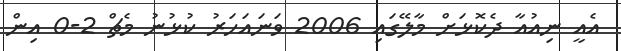
އެއީ ނިއުއާ ދެކޮޅަށް މާލޭގައި 2006 ވަނައަހަރު ކުޅުނު މެޗް 2-0 އިން